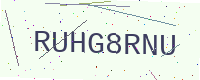
Text: RUHG8RNU